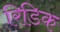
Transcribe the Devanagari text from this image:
रिडिक